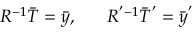
R ^ { - 1 } \bar { T } = \bar { y } , ~ ~ ~ ~ ~ R ^ { ' - 1 } \bar { T } ^ { ' } = \bar { y } ^ { ' }